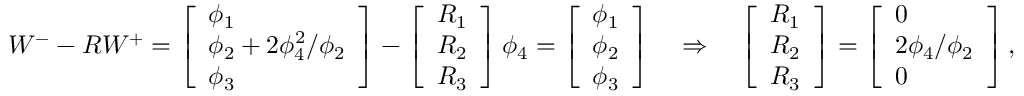
W ^ { - } - R W ^ { + } = \left[ \begin{array} { l } { \phi _ { 1 } } \\ { \phi _ { 2 } + 2 \phi _ { 4 } ^ { 2 } / \phi _ { 2 } } \\ { \phi _ { 3 } } \end{array} \right] - \left[ \begin{array} { l } { R _ { 1 } } \\ { R _ { 2 } } \\ { R _ { 3 } } \end{array} \right] \phi _ { 4 } = \left[ \begin{array} { l } { \phi _ { 1 } } \\ { \phi _ { 2 } } \\ { \phi _ { 3 } } \end{array} \right] \quad \Rightarrow \quad \left[ \begin{array} { l } { R _ { 1 } } \\ { R _ { 2 } } \\ { R _ { 3 } } \end{array} \right] = \left[ \begin{array} { l } { 0 } \\ { 2 \phi _ { 4 } / \phi _ { 2 } } \\ { 0 } \end{array} \right] ,